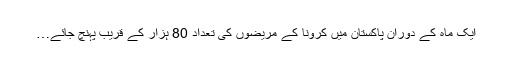
ایک ماہ کے دوران پاکستان میں کرونا کے مریضوں کی تعداد 80 ہزار کے قریب پہنچ جائے…